Vaccination report Assam 1874-1896 - 1874-1896
Year: 1874
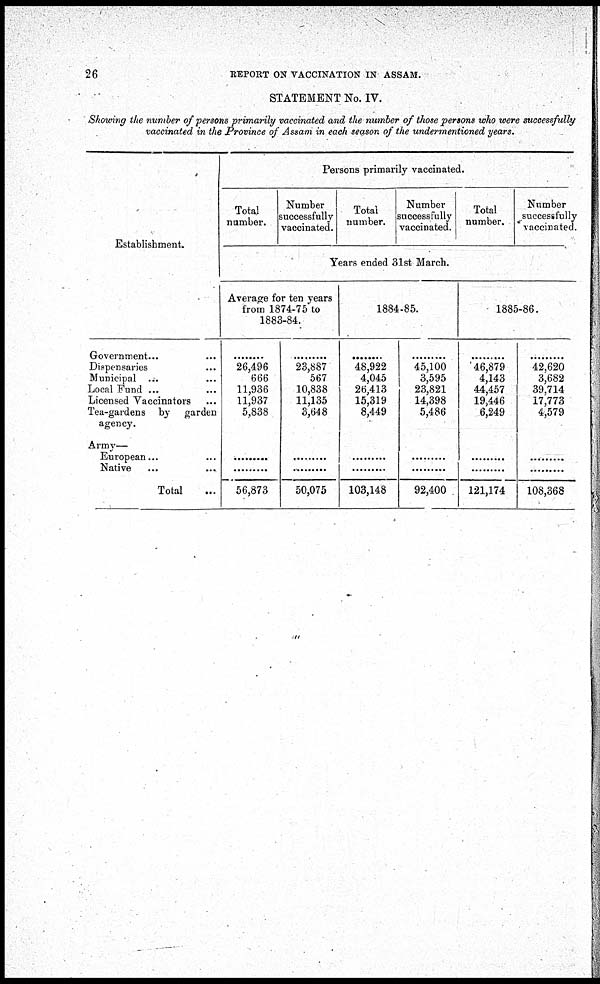
26
REPORT ON VACCINATION IN ASSAM.
STATEMENT No. IV.
Showing the number of persons primarily vaccinated and the number of those persons who were successfu
vaccinated in the Province of Assam in each season of the undermentioned years.
Establishment.
Government... ...
Dispensaries ...
Municipal ...
Local Fund ...
Licensed Vaccinators ...
Tea-gardens by garden
agency.
Army—
European... ...
Native ... ...
Total ...
Persons primarily vaccinated.
Total
number.
Number
successfully
vaccinated.
Total
number.
Number
successfully
vaccinated.
Total
number.
Number
successfully
vaccinated.
Years ended 31st March.
Average for ten years
from 1874-75 to
1883-84.
......
26,496
666
11,936
11,937
5,838
......
......
56,873
......
23,887
567
10,838
11,135
3,648
......
......
50,075
1884-85.
......
48,922
4,045
26,413
15,319
8,449
......
......
103,148
......
45,100
3,595
23,821
14,398
5,486
......
......
92,400
1885-86.
......
46,879
4,143
44,457
19,446
6,249
......
......
121,174
......
42,620
3,682
39,714
17,773
4,579
......
......
108,368